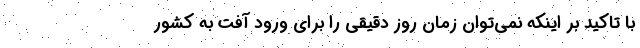
با تاکید بر اینکه نمی‌توان زمان روز دقیقی را برای ورود آفت به کشور